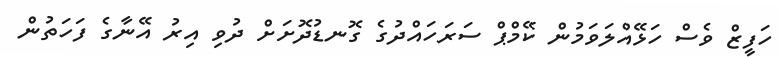
ހަފީޒް ވެސް ހަޅޭއްލަވަމުން ކޭމްޕް ސަރަހައްދުގެ ގޮނޑުދޮށަށް ދުވި އިރު އޭނާގެ ފަހަތުން